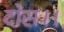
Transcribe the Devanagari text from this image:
दोस।।